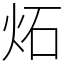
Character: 炻